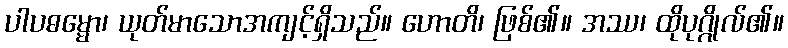
ပါပဓမ္မော၊ ယုတ်မာသောအကျင့်ရှိသည်။ ဟောတိ၊ ဖြစ်၏။ အဿ၊ ထိုပုဂ္ဂိုလ်၏။